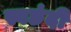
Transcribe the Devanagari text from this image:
स्वछंदी